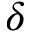
\delta